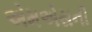
એમએસની